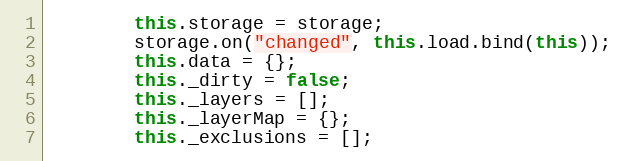
Language: JavaScript
        this.storage = storage;
        storage.on("changed", this.load.bind(this));
        this.data = {};
        this._dirty = false;
        this._layers = [];
        this._layerMap = {};
        this._exclusions = [];